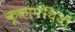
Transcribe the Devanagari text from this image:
कूकापंथियों